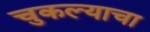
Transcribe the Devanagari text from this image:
चुकल्याचा